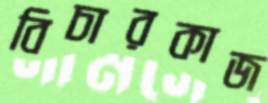
বিচারকাজ